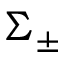
\Sigma _ { \pm }